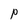
Character: P